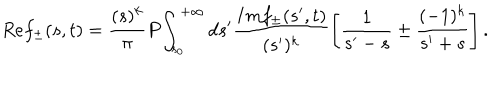
R e f _ { \pm } ( s , t ) = \frac { ( s ) ^ { k } } { \pi } P \! \int _ { s _ { 0 } } ^ { + \infty } d s ^ { \prime } \frac { I m f _ { \pm } ( s ^ { \prime } , t ) } { ( s ^ { \prime } ) ^ { k } } \left[ \frac { 1 } { s ^ { \prime } - s } \pm \frac { ( - 1 ) ^ { k } } { s ^ { \prime } + s } \right] .